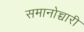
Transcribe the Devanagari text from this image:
समानोच्चारी